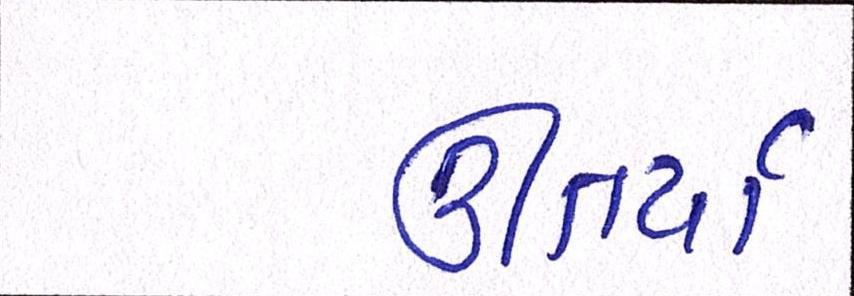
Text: ઊતર્યાં